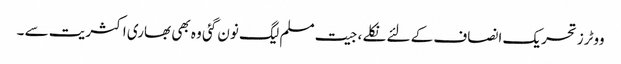
ووٹرز تحریک انصاف کے لئے نکلے ، جیت مسلم لیگ نون گئی وہ بھی بھاری اکثریت سے ۔